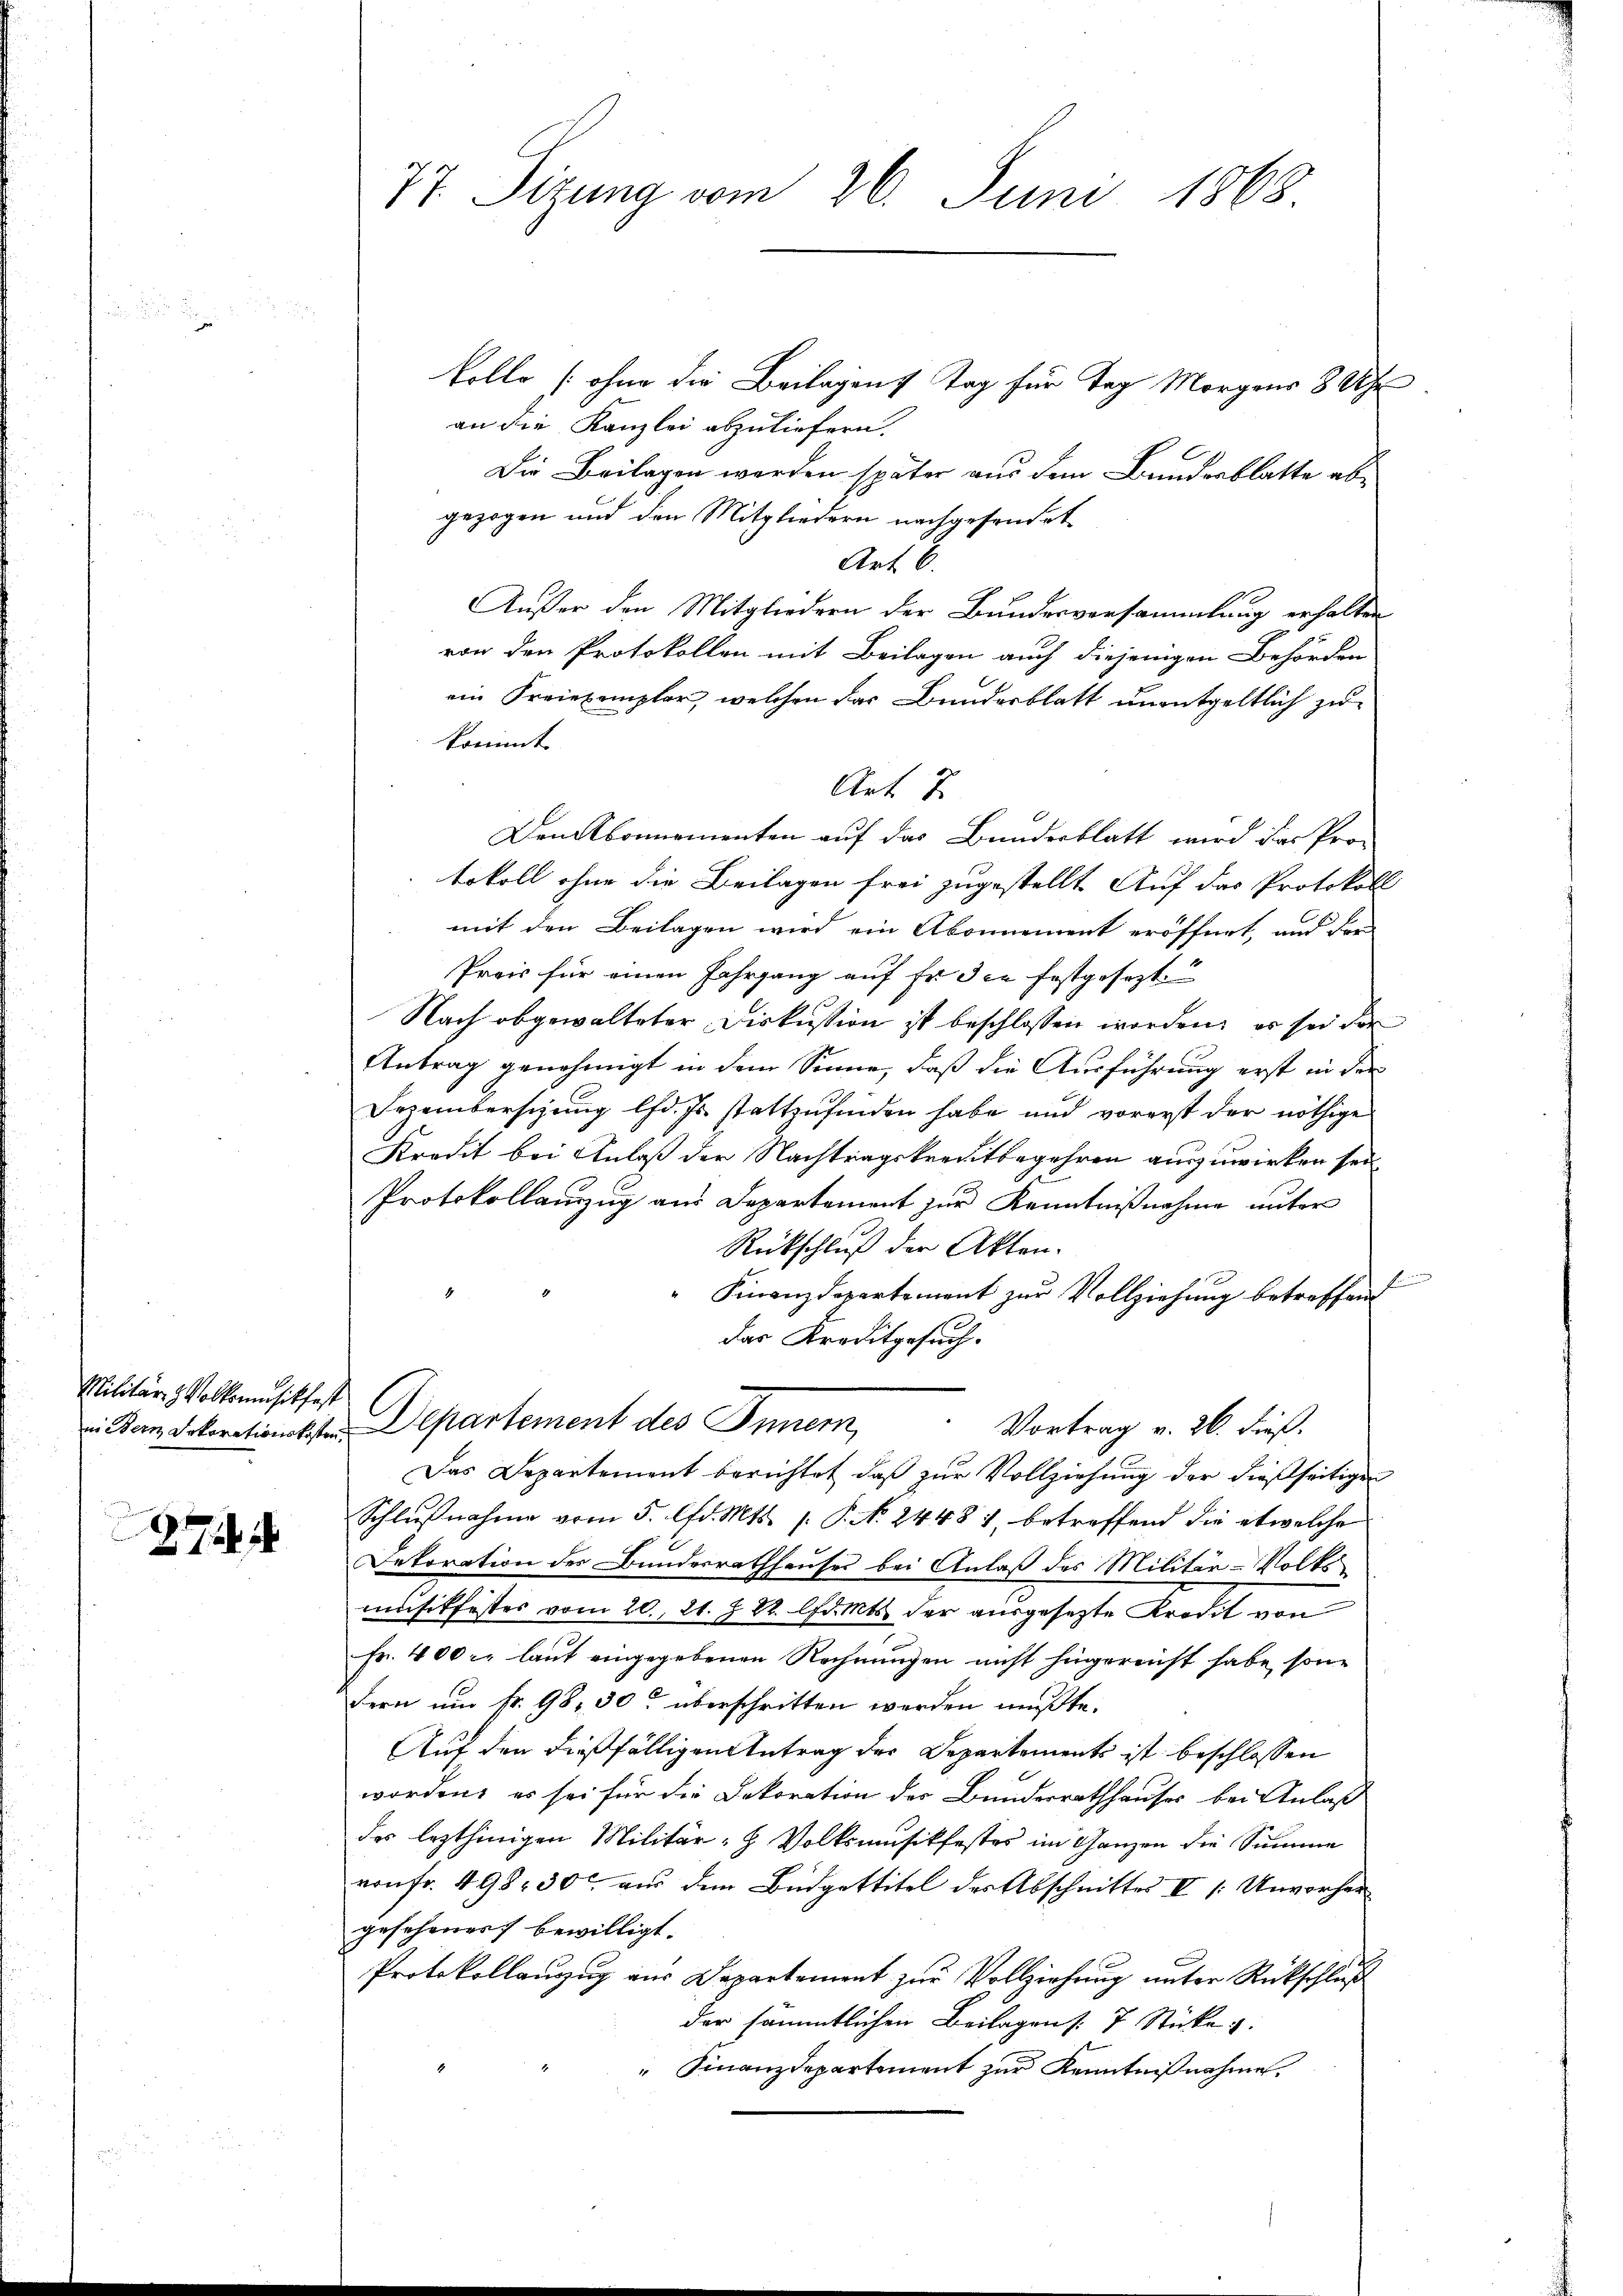
Militär- & Volkomusikfest

2

77. Sizung vom 26. Juni 1868.

kolle (ohne die Beilagen Tag für Tag Morgens 8 Uhr
an die Kanzlei abzuliefern.
Die Beilagen werden später aus dem Bundesblatte abe
gezogen und den Mitgliedern nachgesendet
Art. 6.
Außer den Mitgliedern der Bundesversammlung erhalten
von den Protokollen mit Beilagen auch diejenigen Behörden
ein Freiexemplar, welchen das Bundesblatt unentgeltlich zu
kommt
Denkbonnementen auf das Bundesblatt wird das Pro-
tokoll ohne die Beilagen frei zugestellt. Auf das Protokoll
mit den Beilagen wird ein Abonnement eröffnet, und da
Preis für einen Jahrgang auf Er die festgesezt
Nach abgewalteter Diskussion ist beschlossen worden, es sei der
Antrag genehmigt in dem Sinne, daß die Ausführung erst in der
Dezemberschung lfd. Js. stattzufinden habe und vorerst der nöthige
Kredit bei Anlaß der Nachtragskreditbegehren auszuwirken sei
Protokollanzug aus Departement zur Kenntnißnahme unter
Rückschluß der Akten.
Finanzdepartement zur Vollziehung betreffend
das Kreditgesuch.
zin dem Dekorationslisten Departement des Innern,
Vortrag v. 26. dieß.
Das Departement berichtet, daß zur Vollziehung der dießseitigen
Schlŭβnahme vom 5. lfd. Mts. 1. P. N. 24481, betreffend die etwelche
Dekoration der Bundesrathhauses bei Anlaß des Militär-Volk
musikfestes vom 20. 21. J. 88. lfd. Mts. der ausgesezte Kredit von
Fr. 400 c. laut eingegebenen Rechnungen nicht hingereicht habe, son¬
Fern um kr. 98. 30t überschritten werden mußte.
Auf den dießfälligen Antrag der Departements ist beschlossen
6
worden, es sei für die Dekoration des Bundesrathhauses bei Anlaß
des lezthinigen Militär-H Volksmusikfester im Ganzen die Summe
von fr. 498. 30 aus dem Büdgettitel der Abschnittes II / Unvorher
gesehener bewilligt.
Protokollauszug aus Departement zur Vollziehung unter Rückschluß
der sämmtlichen Beilagen s. 7 Sticke u.
" Finanzdepartement zur Kenntnißnahme.

Art. 7